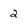
Character: 2